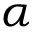
\alpha